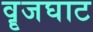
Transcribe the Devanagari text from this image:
वॄजघाट